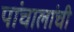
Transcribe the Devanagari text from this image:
पांचालांची